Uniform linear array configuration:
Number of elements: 48
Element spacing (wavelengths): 1
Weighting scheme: hann
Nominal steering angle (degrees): -15
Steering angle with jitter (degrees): -15.127
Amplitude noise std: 0.05
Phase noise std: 0.05

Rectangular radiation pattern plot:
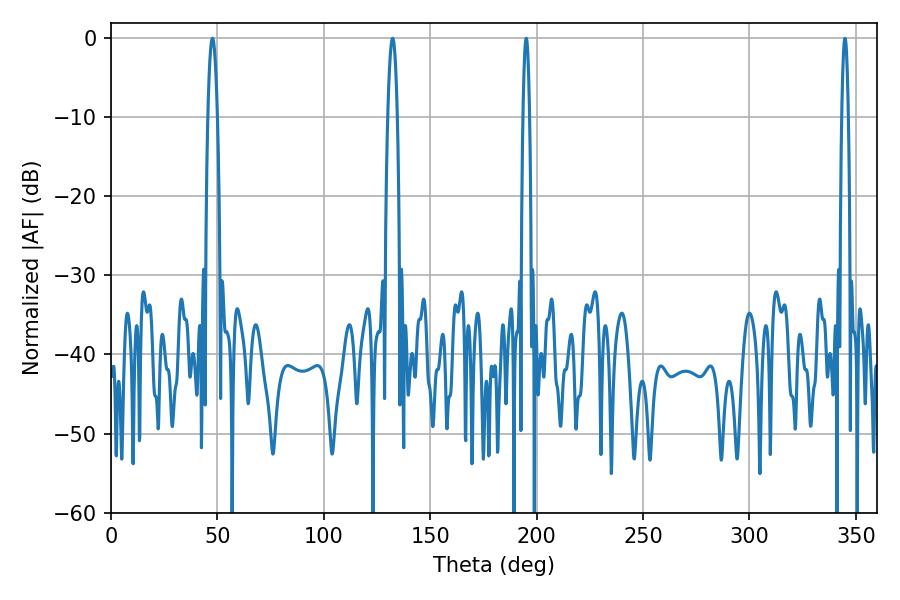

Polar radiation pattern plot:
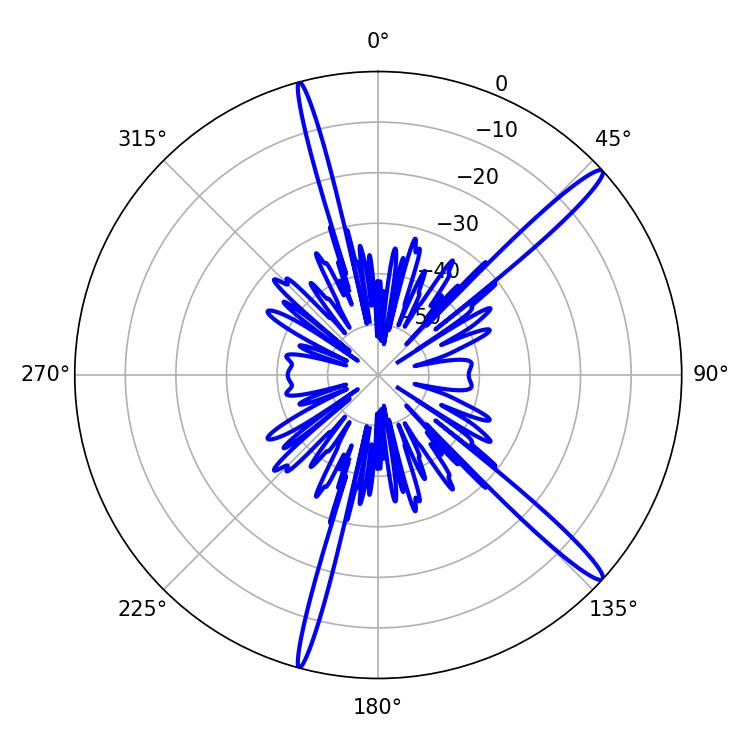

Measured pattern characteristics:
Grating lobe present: TRUE
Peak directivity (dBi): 15.798
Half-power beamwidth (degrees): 1.62
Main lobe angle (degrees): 195.12